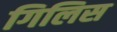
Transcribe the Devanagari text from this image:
गिलिस